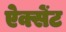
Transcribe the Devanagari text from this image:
ऐक्सेंट